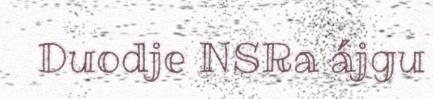
Duodje NSRa ájgu